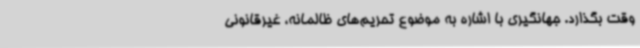
وقت بگذارد. جهانگیری با اشاره به موضوع تحریم‌های ظالمانه، غیرقانونی